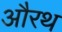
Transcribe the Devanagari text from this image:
औरथ